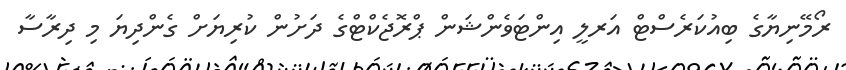
ރޯމޭނިޔާގެ ބިއުކަރެސްޓް އަރލީ އިންޓަވެންޝަން ޕްރޮޖެކްޓްގެ ދަށުން ކުރިޔަށް ގެންދިޔަ މި ދިރާސާ